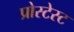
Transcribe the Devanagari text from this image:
प्रोस्टेस्ट